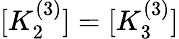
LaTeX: [K_{2}^{(3)}]=[K_{3}^{(3)}]